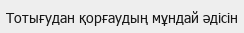
Тотығудан қорғаудың мұндай әдісін